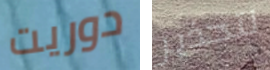
دوريت لتحذير